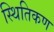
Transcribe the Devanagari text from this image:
स्थितिकण